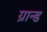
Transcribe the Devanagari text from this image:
ग्रान्ड